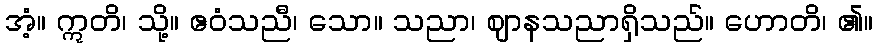
အံ့။ ဣတိ၊ သို့။ ဧဝံသညီ၊ သော။ သညာ၊ ဈာနသညာရှိသည်။ ဟောတိ၊ ၏။